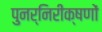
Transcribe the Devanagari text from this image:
पुनर्निरीक्षणों